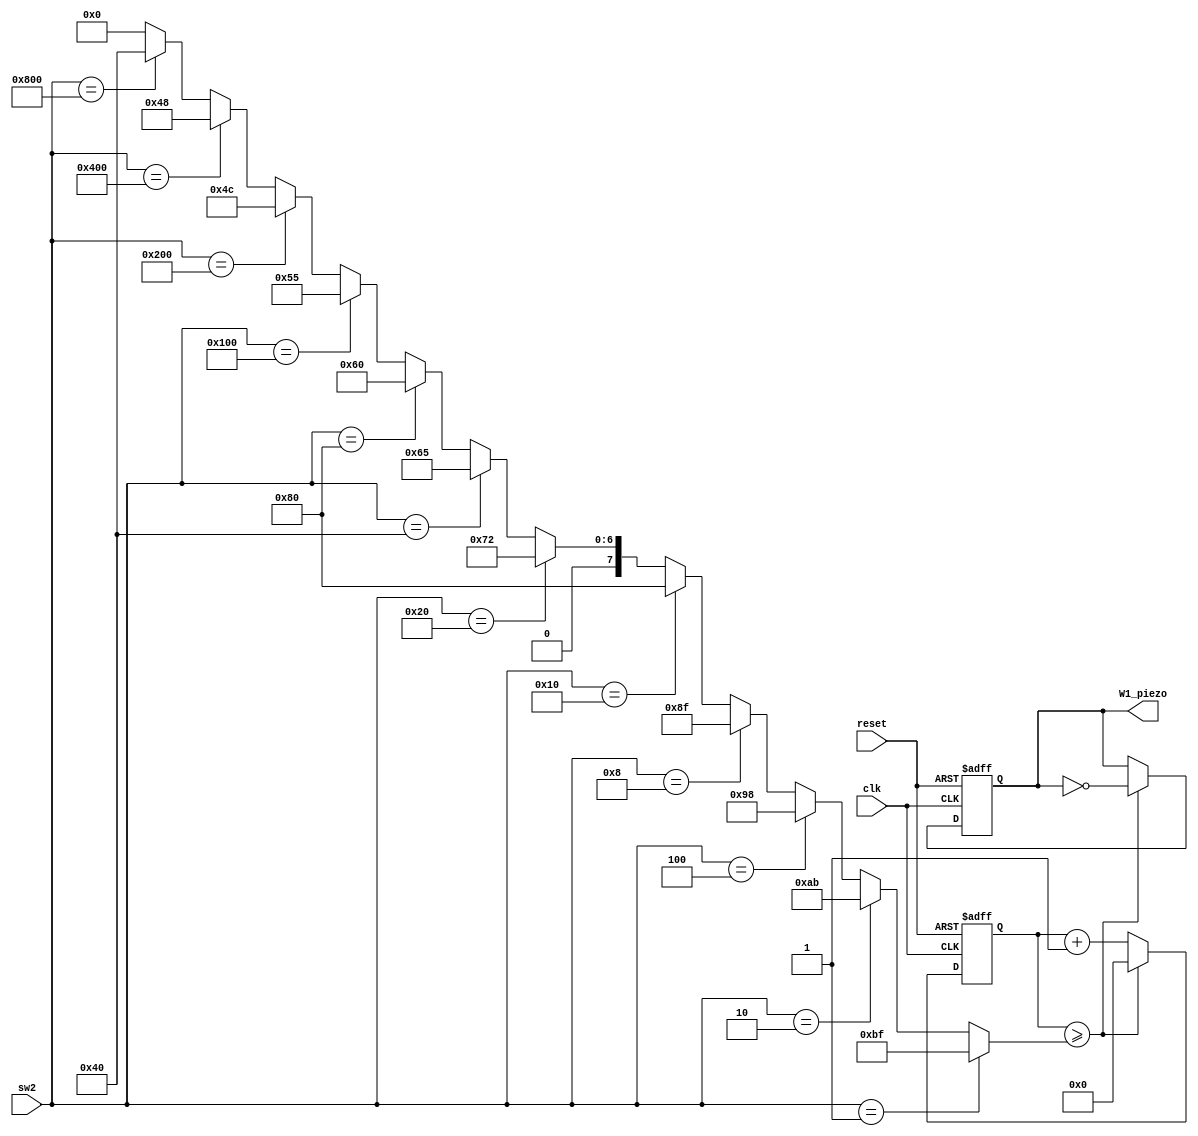
module piezo(
    input clk, reset,
    input [11:0] sw2,
    output reg W1_piezo
);

 reg [8:0] cnt1;
 wire [8:0] cnt;
 assign cnt = (sw2 == 12'b000_000_000_001)? 191: // #1
	(sw2 == 12'b000_000_000_010)? 171: // #2
              (sw2 == 12'b000_000_000_100)? 152: // #3                 
              (sw2 == 12'b000_000_001_000)? 143: // #4
              (sw2 == 12'b000_000_010_000)? 128: // #5
              (sw2 == 12'b000_000_100_000)? 114: // #6
              (sw2 == 12'b000_001_000_000)? 101: // #7
              (sw2 == 12'b000_010_000_000)? 96: // #8
              (sw2 == 12'b000_100_000_000)? 85: // #9
              (sw2 == 12'b001_000_000_000)? 76: // #10
              (sw2 == 12'b010_000_000_000)? 72: // #11
              (sw2 == 12'b100_000_000_000)? 64:0; // #12

always@(posedge clk or negedge reset) begin
	if(reset == 1'b0) begin
		cnt1 <= 0;
		W1_piezo <= 0;
	end

	else begin
		if(cnt1 >= cnt) begin
		W1_piezo <= ~W1_piezo;
                	cnt1 <= 0;
             end

             else cnt1 <= cnt1 + 1;
        	end
end
endmodule